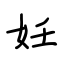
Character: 妊